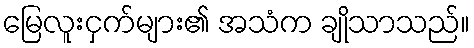
မြေလူးငှက်များ၏ အသံက ချိုသာသည်။